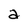
Character: a